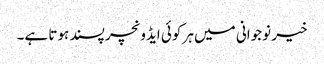
خیر نوجوانی میں ہر کوئی ایڈونچر پسند ہوتا ہے۔